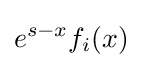
e^{s-x}f_{i}(x)